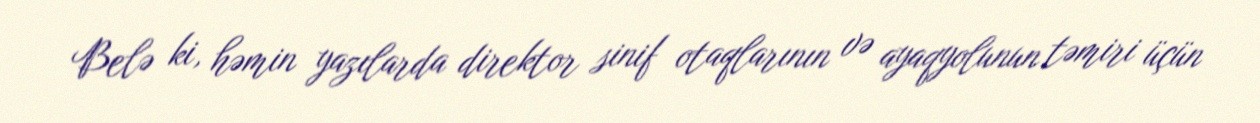
Belə ki, həmin yazılarda direktor sinif otaqlarının və ayaqyolunun təmiri üçün